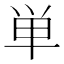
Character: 単